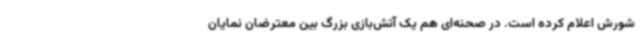
شورش اعلام کرده است. در صحنه‌ای هم یک آتش‌بازی بزرگ بین معترضان نمایان